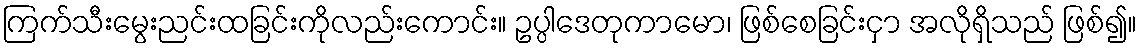
ကြက်သီးမွေးညင်းထခြင်းကိုလည်းကောင်း။ ဥပ္ပါဒေတုကာမော၊ ဖြစ်စေခြင်းငှာ အလိုရှိသည် ဖြစ်၍။